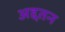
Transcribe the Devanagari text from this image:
अद्दतन